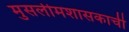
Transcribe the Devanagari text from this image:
मुसलीमशासकाची